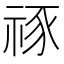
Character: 𥙮